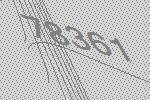
78361